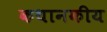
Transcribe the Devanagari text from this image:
कथानकीय